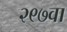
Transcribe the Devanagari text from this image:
२९७वा